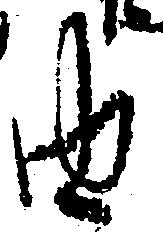
由